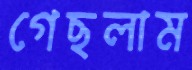
গেছলাম